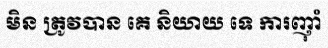
មិន ត្រូវបាន គេ និយាយ ទេ ការញ៉ាំ